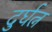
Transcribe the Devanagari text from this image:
दुर्घत्न